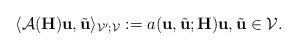
LaTeX: \begin{align*}\langle \mathcal{A}(\mathbf{H}) \mathbf{u}, \tilde{\mathbf{u}}\rangle_{\mathcal{V}'; \mathcal{V}} := a(\mathbf{u}, \tilde{\mathbf{u}}; \mathbf{H}) \mathbf{u}, \tilde{\mathbf{u}} \in \mathcal{V}. \end{align*}